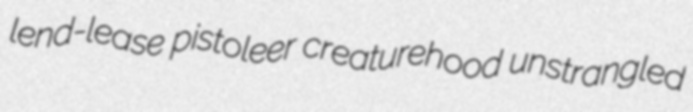
lend-lease pistoleer creaturehood unstrangled